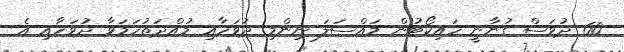
60 ދުވަސް ގުނާނީ ހައިކޯޓުން މައްސަލަ ނިންމި ދުވަހާއި މުއްދަތުހަމަވާ ދުވަހާއި އެ